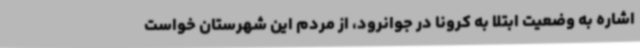
اشاره به وضعیت ابتلا به کرونا در جوانرود، از مردم این شهرستان خواست